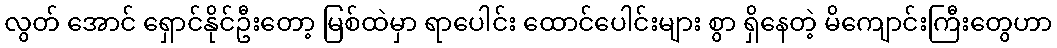
လွတ် အောင် ရှောင်နိုင်ဦးတော့ မြစ်ထဲမှာ ရာပေါင်း ထောင်ပေါင်းများ စွာ ရှိနေတဲ့ မိကျောင်းကြီးတွေဟာ